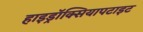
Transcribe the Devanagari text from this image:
हाइड्रॉक्सियापटाइट